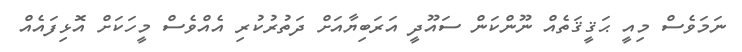
ނަމަވެސް މިއީ ޙަޤީޤަތެއް ނޫންކަން ސައޫދީ އަރަބިޔާއަށް ދަތުރުކުރި އެއްވެސް މީހަކަށް އޮޅިފައެއް